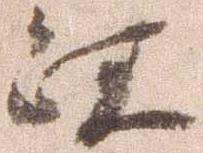
江